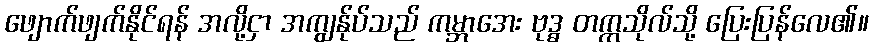
ဖျောက်ဖျက်နိုင်ရန် အလို့ငှာ အကျွန်ုပ်သည် ကမ္ဘာအေး ဗုဒ္ဓ တက္ကသိုလ်သို့ ပြေးပြန်လေ၏။